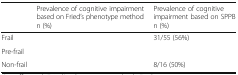
<table><thead><tr><td>[EMPTY_CELL]</td><td><b>Prevalence of cognitive impairment based on Fried’s phenotype methodn (%)</b></td><td><b>Prevalence of cognitive impairment based on SPPBn (%)</b></td></tr></thead><tbody><tr><td>Frail</td><td>[EMPTY_CELL]</td><td>31/55 (56%)</td></tr><tr><td>Pre-frail</td><td>[EMPTY_CELL]</td><td>[EMPTY_CELL]</td></tr><tr><td>Non-frail</td><td>[EMPTY_CELL]</td><td>8/16 (50%)</td></tr></tbody></table>